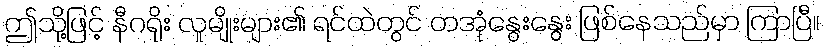
ဤသို့ဖြင့် နီဂရိုး လူမျိုးများ၏ ရင်ထဲတွင် တအုံနွေးနွေး ဖြစ်နေသည်မှာ ကြာပြီ။